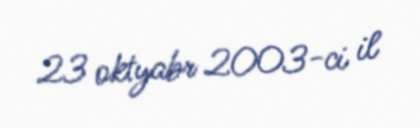
23 oktyabr 2003-ci il